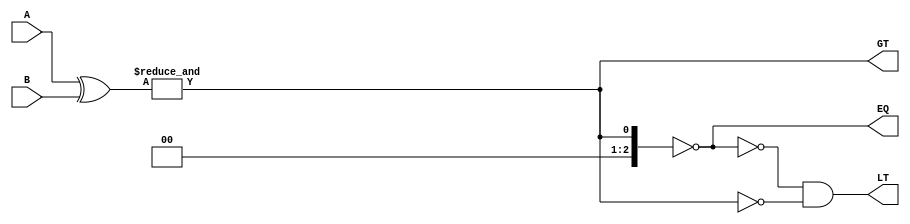
module comparator_3bit(
    input wire [2:0] A,
    input wire [2:0] B,
    output wire GT,
    output wire EQ,
    output wire LT
);

    wire [2:0] xor_result;
    wire [2:0] and_result;

    assign xor_result = A ^ B; // XOR operation for each bit
    assign and_result = &xor_result; // AND operation on the XOR results
    
    assign EQ = (and_result == 3'b000); // If all bits are 0, EQ is true
    
    assign GT = (|and_result); // If any bit is 1, GT is true
    
    assign LT = ~EQ & ~GT; // LT is the inverse of both EQ and GT

endmodule